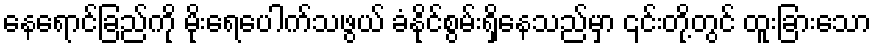
နေရောင်ခြည်ကို မိုးရေပေါက်သဖွယ် ခံနိုင်စွမ်းရှိနေသည်မှာ ၎င်းတို့တွင် ထူးခြားသော